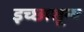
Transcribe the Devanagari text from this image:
इच्छाशून्य